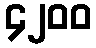
၄၂၀၀